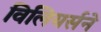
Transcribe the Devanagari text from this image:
विलियर्सने